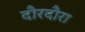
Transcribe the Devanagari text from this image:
दौरदौरा